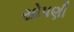
સોપણી